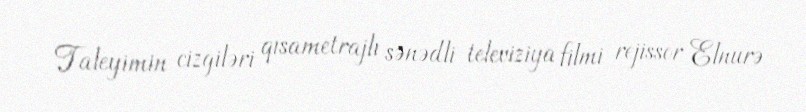
Taleyimin cizgiləri qısametrajlı sənədli televiziya filmi rejissor Elnurə